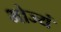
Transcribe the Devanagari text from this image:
भोज्यं